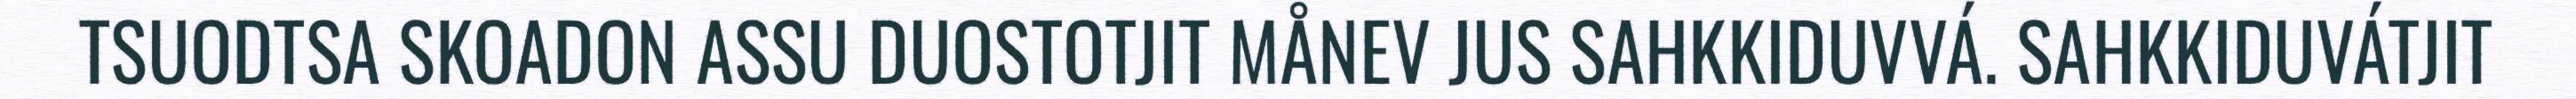
TSUODTSA SKOADON ASSU DUOSTOTJIT MÅNEV JUS SAHKKIDUVVÁ. SAHKKIDUVÁTJIT